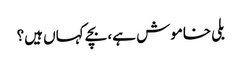
بلی خاموش ہے، بچے کہاں ہیں؟